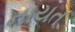
નાયત